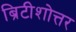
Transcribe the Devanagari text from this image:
ब्रिटीशोत्तर